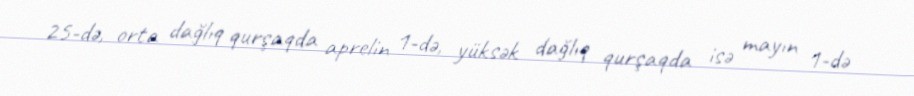
25-də, orta dağlıq qurşaqda aprelin 1-də, yüksək dağlıq qurşaqda isə mayın 1-də